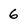
Character: 6